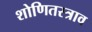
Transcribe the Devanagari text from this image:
शोणितस्त्राव